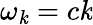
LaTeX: \omega_{\mathit{k}}=c\mathit{k}